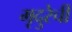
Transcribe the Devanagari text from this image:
मृदुरेची